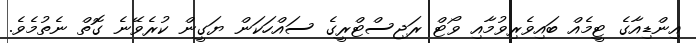
އިންޑިއާގެ ޓީމެއް ބައިވެރިވުމާއި ވޯޓް ރަޖިސްޓްރީގެ ސައްހަކަން ޔަގީން ކުރެވޭނެ ގޮތް ނެތުމެވެ.